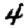
Digit: 4